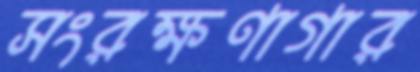
সংরক্ষণাগার